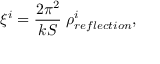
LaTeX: \xi ^ { i } = { \frac { 2 \pi ^ { 2 } } { k S } } \; \rho _ { r e f l e c t i o n } ^ { i } ,